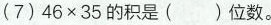
(7)$$46×35$$的积是( )位数。